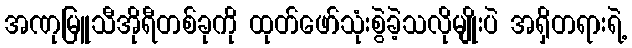
အဏုမြူသီအိုရီတစ်ခုကို ထုတ်ဖော်သုံးစွဲခဲ့သလိုမျိုးပဲ အရှိတရားရဲ့